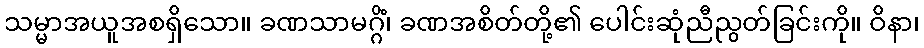
သမ္မာအယူအစရှိသော။ ခဏသာမဂ္ဂိံ၊ ခဏအစိတ်တို့၏ ပေါင်းဆုံညီညွတ်ခြင်းကို။ ဝိနာ၊